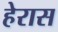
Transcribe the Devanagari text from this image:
हेरास